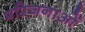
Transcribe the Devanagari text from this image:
परिजनाओं